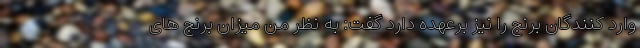
وارد کنندگان برنج را نیز برعهده دارد گفت: به نظر من میزان برنج های